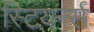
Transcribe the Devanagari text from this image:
स्टियर्न्स